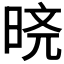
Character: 𬀸